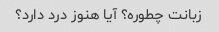
زبانت چطوره؟ آیا هنوز درد دارد؟